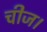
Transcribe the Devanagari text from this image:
चीज।